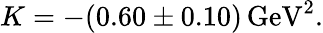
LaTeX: K=-(0.60\pm 0.10)\, \mathrm{GeV}^{2}.